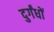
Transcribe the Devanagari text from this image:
दुर्गंधों